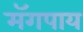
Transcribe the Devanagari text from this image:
मॅगपाय